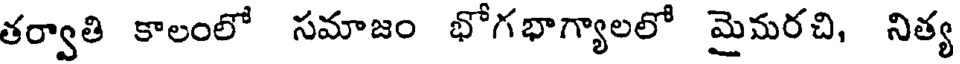
తర్వాతి కాలంలో సమాజం భోగభాగ్యాలలో మైమరచి, నిత్య